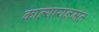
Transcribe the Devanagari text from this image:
कात्यायनमत